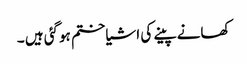
کھانے پینے کی اشیا ختم ہوگئی ہیں ۔